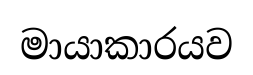
මායාකාරයව